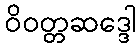
ဝိဝတ္တဆဒ္ဒေါ